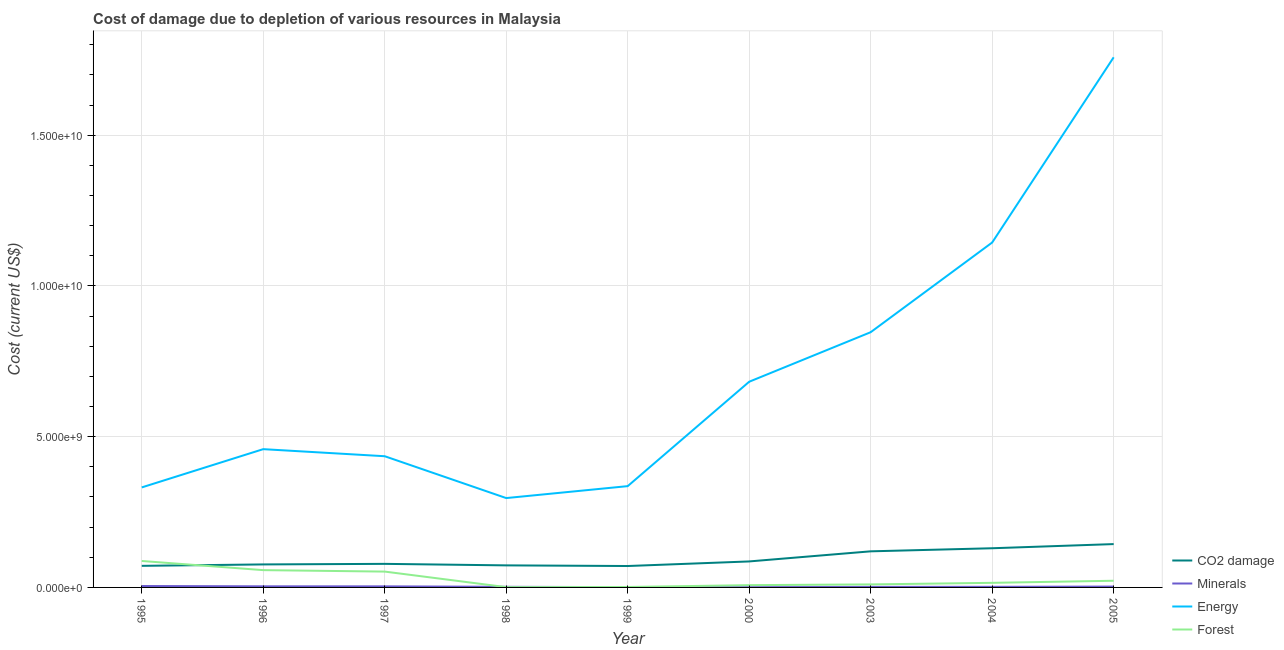
| Year | CO2 damage | Minerals | Energy | Forest |
 | --- | --- | --- | --- | --- |
 | 1995 | 7.16e+08 | 4.67e+07 | 3.32e+09 | 8.77e+08 |
 | 1996 | 7.63e+08 | 3.65e+07 | 4.59e+09 | 5.74e+08 |
 | 1997 | 7.82e+08 | 3.52e+07 | 4.35e+09 | 5.25e+08 |
 | 1998 | 7.32e+08 | 2.02e+07 | 2.96e+09 | 9.63e+06 |
 | 1999 | 7.1e+08 | 1.02e+07 | 3.36e+09 | 1.46e+07 |
 | 2000 | 8.62e+08 | 7.79e+06 | 6.82e+09 | 7.52e+07 |
 | 2003 | 1.2e+09 | 1.81e+07 | 8.47e+09 | 1e+08 |
 | 2004 | 1.3e+09 | 2.03e+07 | 1.14e+10 | 1.53e+08 |
 | 2005 | 1.44e+09 | 2.82e+07 | 1.76e+10 | 2.21e+08 |